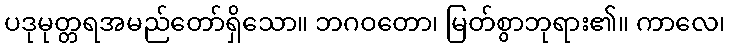
ပဒုမုတ္တရအမည်တော်ရှိသော။ ဘဂဝတော၊ မြတ်စွာဘုရား၏။ ကာလေ၊